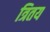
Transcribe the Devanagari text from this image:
त्रितय